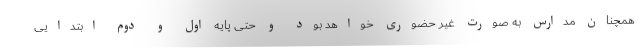
همچنان مدارس به صورت غیر حضوری خواهد بود و حتی پایه اول و دوم ابتدایی